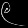
Digit: ၉